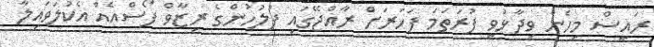
ރައީސް މިހެން ވިދާޅުވީ ފުރަތަމަ ފަހަރަށް ރާއްޖޭގައި ފުލުހުންގެ ރިޒާވް ފޯސްއެއް އެކުލަވައިލާ